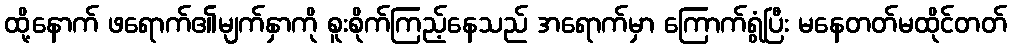
ထို့နောက် ဖရောက်၏မျက်နှာကို စူးစိုက်ကြည့်နေသည် အရောက်မှာ ကြောက်ရွံပြီး မနေတတ်မထိုင်တတ်